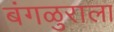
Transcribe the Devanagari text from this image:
बंगळुराला